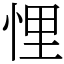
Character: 悝